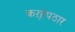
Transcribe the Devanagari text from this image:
कऱ्हेपठार